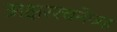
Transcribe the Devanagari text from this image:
अक्षररचनेच्या